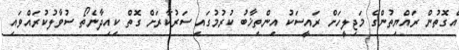
އެގޮތުން ރައްޔިތުންގެ މަޖިލީހަށް ރައީސަކު އިންތިޚާބު ކުރުމުގައި ސަރުކާރަށް ގޮތް ކިއިދާނެތޯ ސުވާލުކުރައްވައި